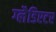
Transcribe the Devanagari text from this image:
ग्‍लैडिएटर